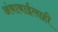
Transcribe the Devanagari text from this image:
अंबाबाईलाही